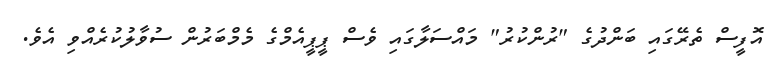
އޮފީސް ތެރޭގައި ބަންދުގެ "ރުންކުރު" މައްސަލާގައި ވެސް ޕީޕީއެމްގެ މެމްބަރުން ސުވާލުކުރެއްވި އެވެ.